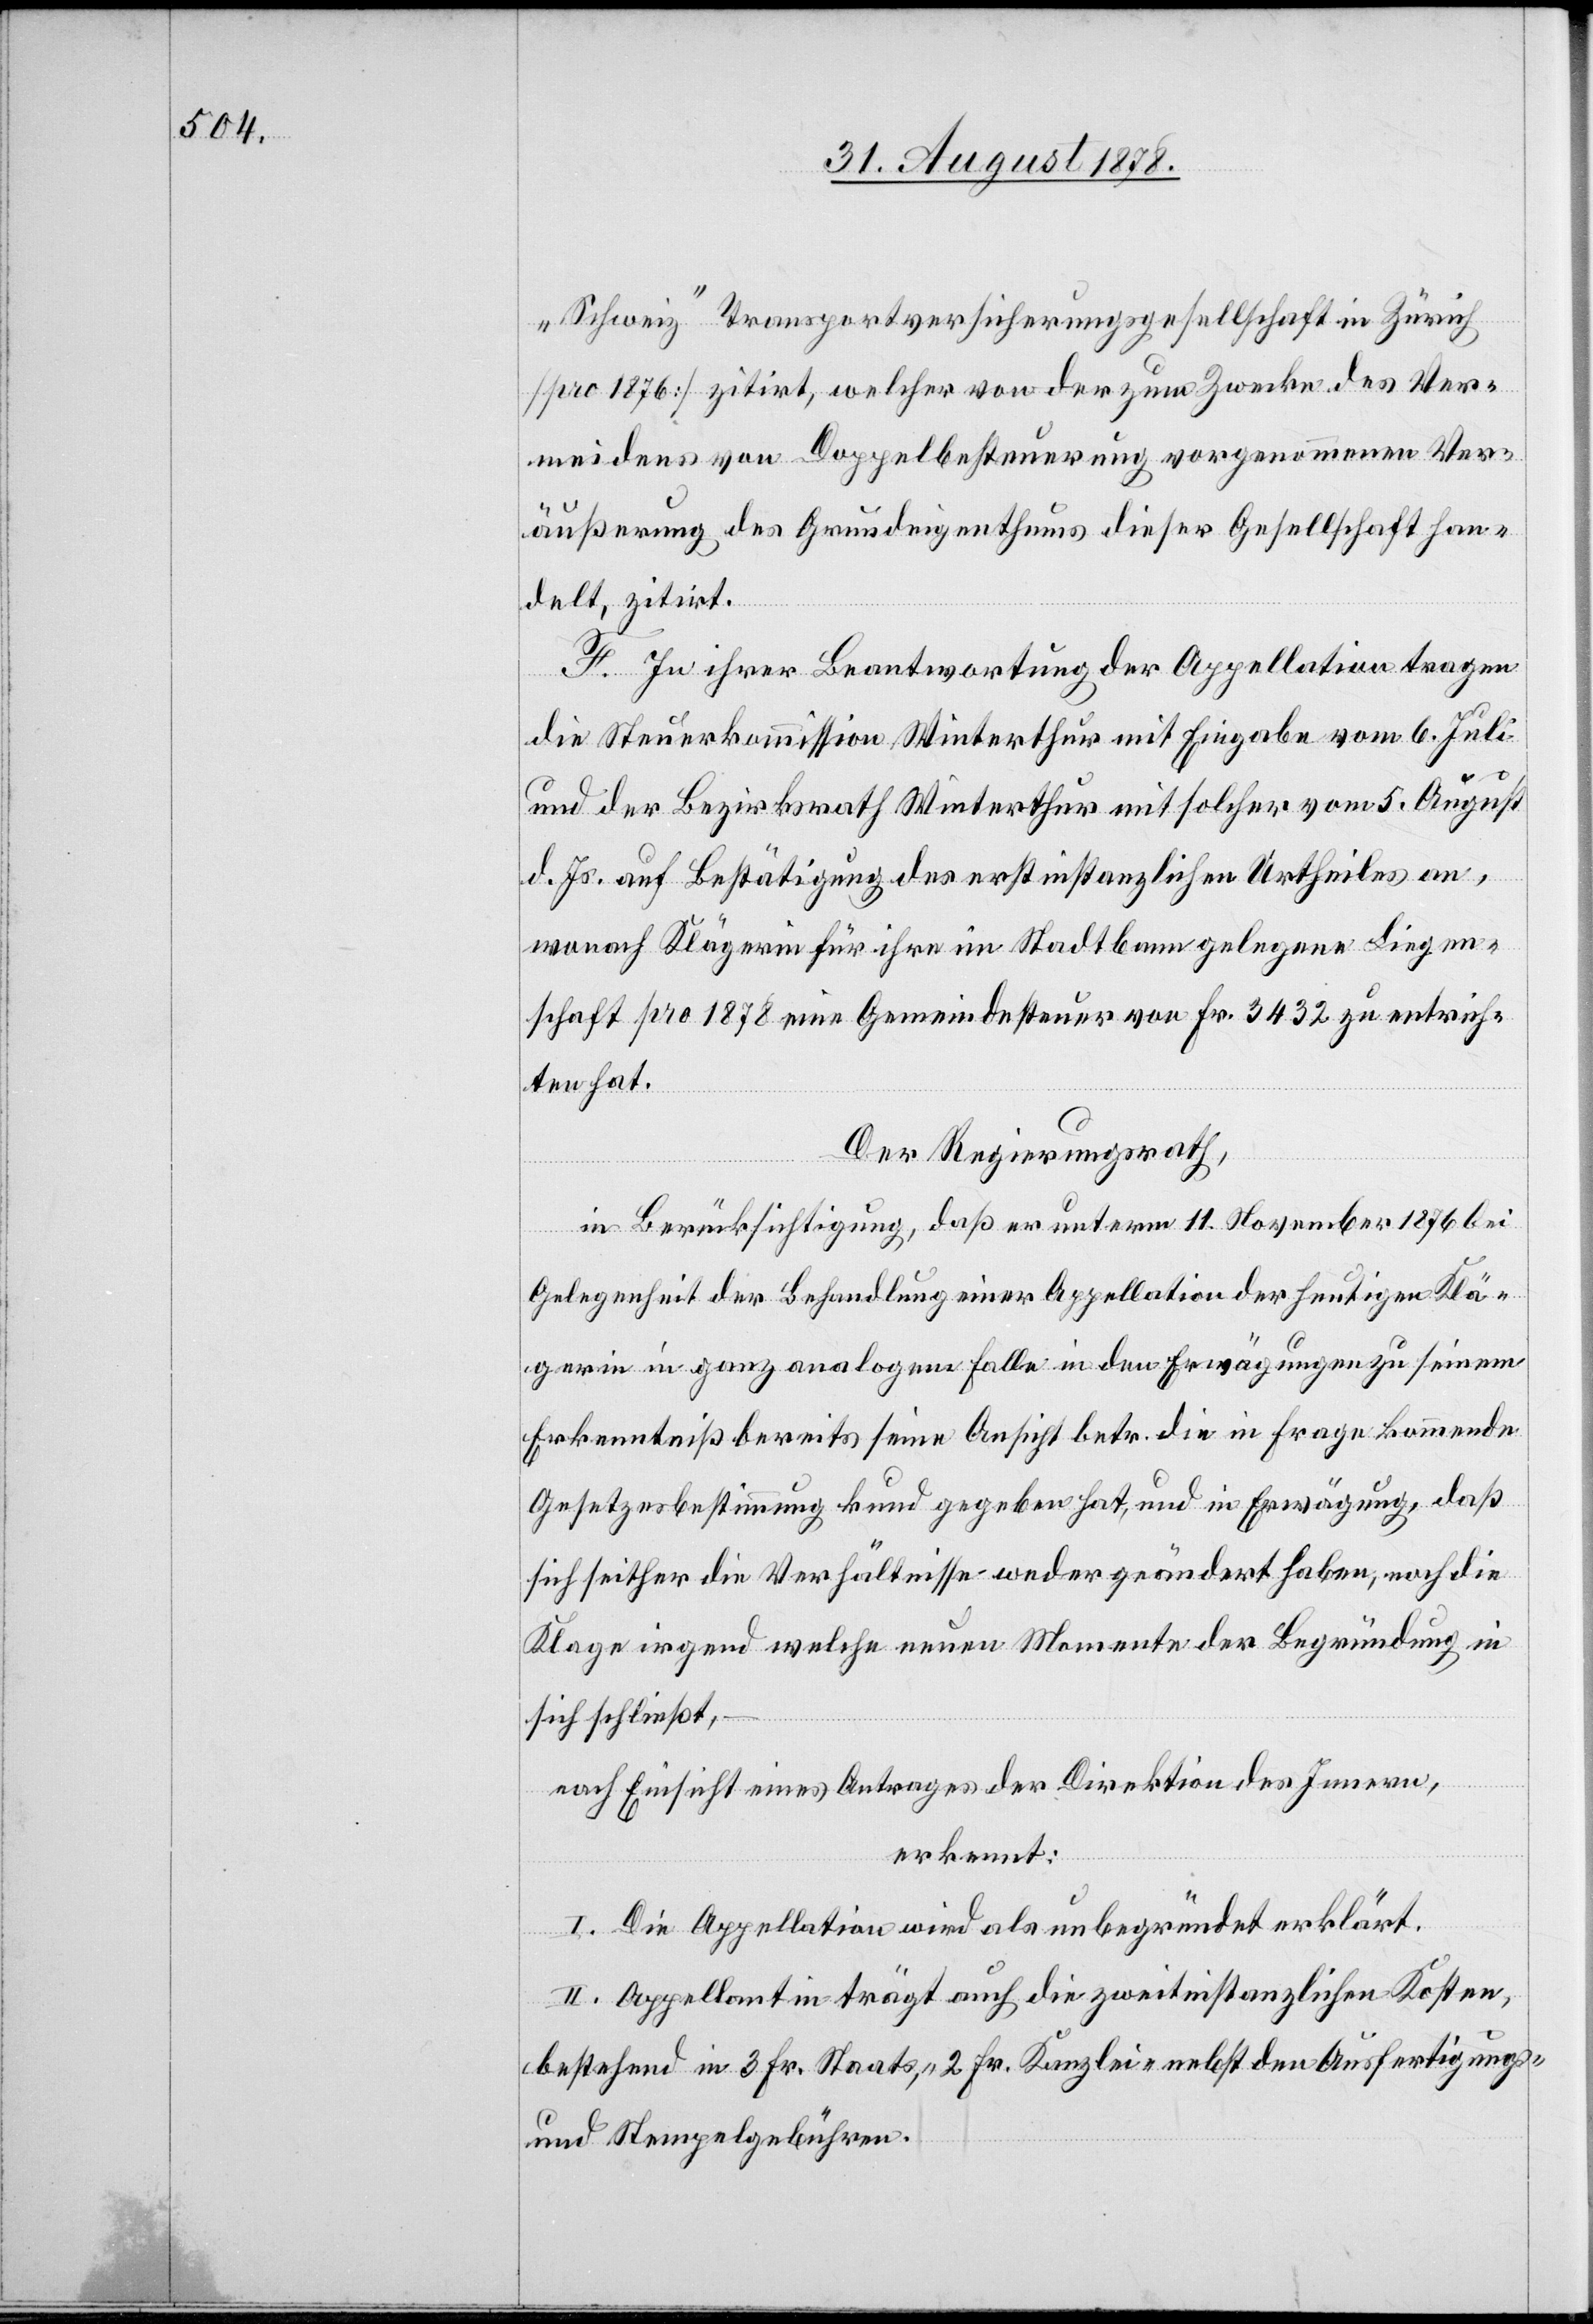
„Schweiz“ Transportversicherungsgesellschaft in Zürich
[pro 1876] zitirt, welcher von der zum Zwecke des Ver¬
meidens von Doppelbesteuerung vorgenommenen Ver¬
äußerung des Grundeigenthums dieser Gesellschaft han¬
delt, zitirt.
F. In ihrer Beantwortung der Appellation tragen
die Steuerkommission Winterthur mit Eingabe vom 6. Juli
und der Bezirksrath Winterthur mit solcher vom 5. August
d. Js. auf Bestätigung des erstinstanzlichen Urtheiles an,
wonach Klägerin für ihre im Stadtbann gelegenene Liegen¬
schaft pro 1878 eine Gemeindesteuer von Fr. 3432 zu entrich¬
ten hat.
Der Regierungsrath,
in Berücksichtigung, das er unterm 11. November 1876 bei
Gelegenheit der Behandlung einer Appellation der heutigen Klä¬
gerin in ganz analogem Falle in den Erwägungen zu seinem
Erkenntnis bereits seine Ansicht betr. die in Frage kommende
Gesetzesbestimmung kund gegeben hat, und in Erwägung, daß
sich seither die Verhältnisse weder geändert haben, noch die
Klage irgend welche neuen Momente der Begründung in
sich schließt,
nach Einsicht eines Antrages der Direktion des Innern,
erkennt:
I. Die Appellation wird als unbegründet erklärt.
II. Appellantin trägt auch die zweitinstanzlichen Kosten,
bestehend in 3 Fr. Staats-. 2 Fr. Kanzlei- nebst den Ausfertigungs-
und Stempelgebühren.